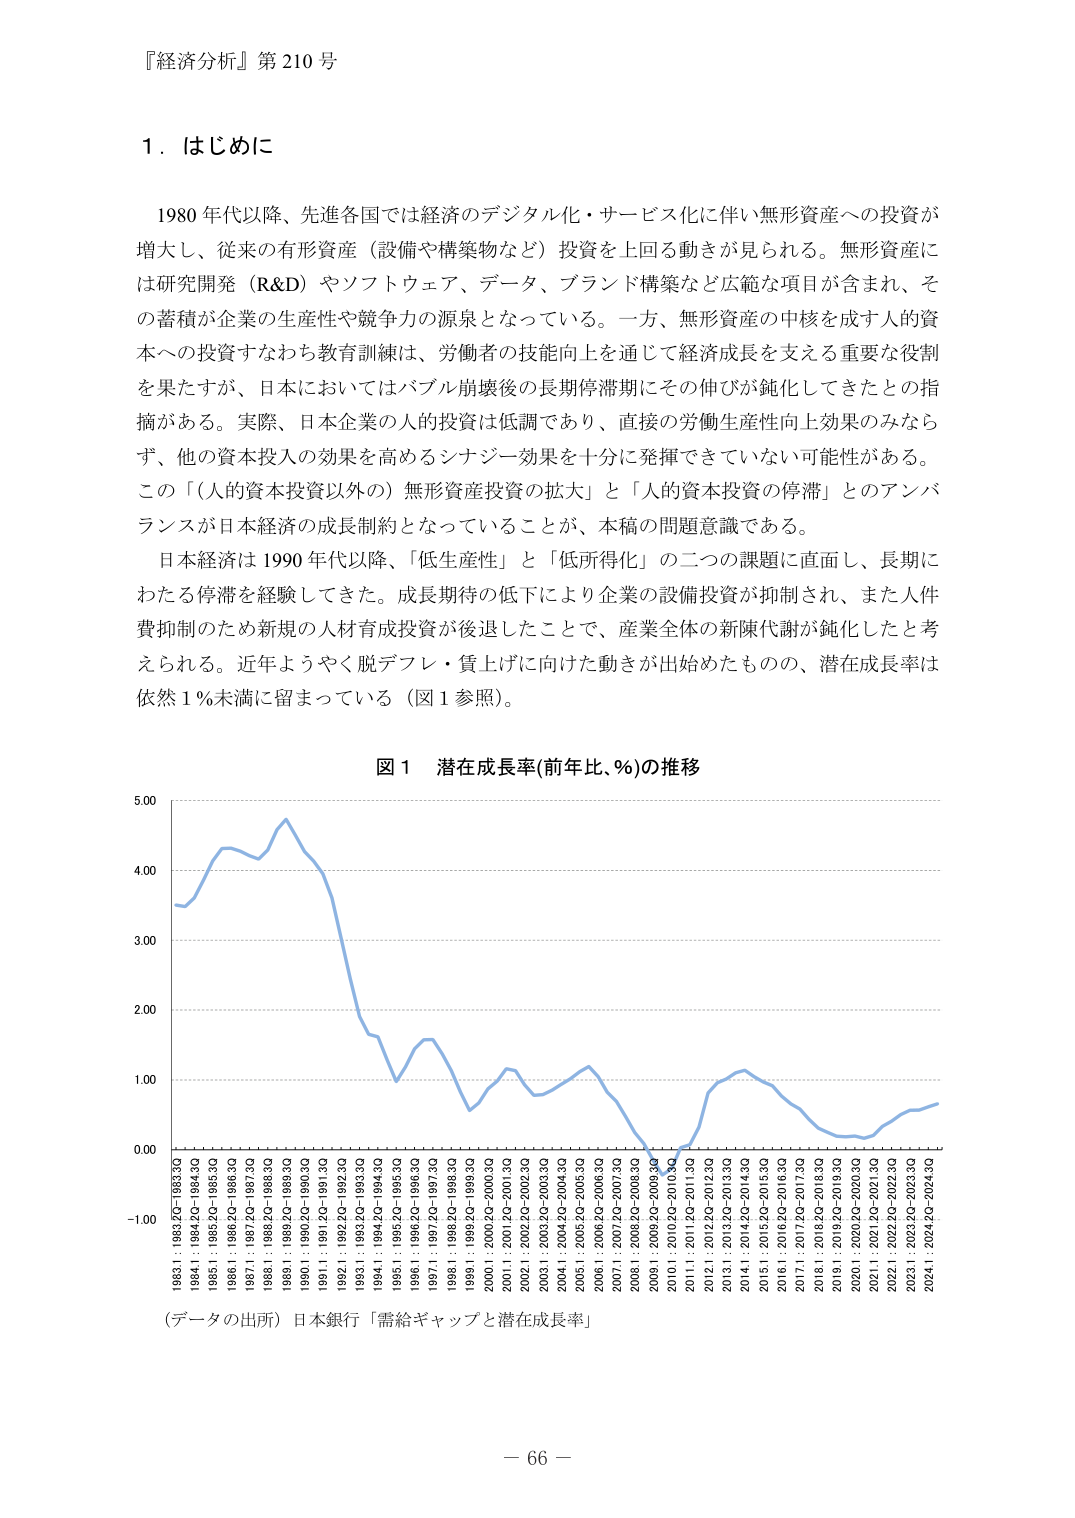
『経済分析』第210号

１．はじめに

1980年代以降、先進各国では経済のデジタル化・サービス化に伴い無形資産への投資が増大し、従来の有形資産（設備や構築物など）投資を上回る動きが見られる。無形資産には研究開発（R&D）やソフトウェア、データ、ブランド構築など広範な項目が含まれ、その蓄積が企業の生産性や競争力の源泉となっている。一方、無形資産の中核を成す人的資本への投資すなわち教育訓練は、労働者の技能向上を通じて経済成長を支える重要な役割を果たすが、日本においてはバブル崩壊後の長期停滞期にその伸びが鈍化してきたとの指摘がある。実際、日本企業の人的投資は低調であり、直接の労働生産性向上効果のみならず、他の資本投入の効果を高めるシナジー効果を十分に発揮できていない可能性がある。この「（人的資本投資以外の）無形資産投資の拡大」と「人的資本投資の停滞」のアンバランスが日本経済の成長制約となっていることが、本稿の問題意識である。

日本経済は1990年代以降、「低生産性」と「低所得化」の二つの課題に直面し、長期にわたる停滞を経験してきた。成長期待の低下により企業の設備投資が抑制され、また人件費抑制のため新規の人材育成投資が後退したことで、産業全体の新陳代謝が鈍化したと考えられる。近年ようやく脱デフレ・質上げに向けた動きが出始めたものの、潜在成長率は依然1％未満に留まっている（図1参照）。

図1 潜在成長率（前年比、％）の推移

（データの出所）日本銀行「需給ギャップと潜在成長率」

－66－